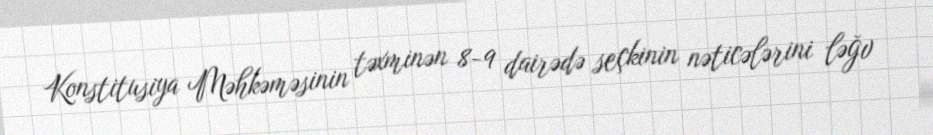
Konstitusiya Məhkəməsinin təxminən 8-9 dairədə seçkinin nəticələrini ləğv